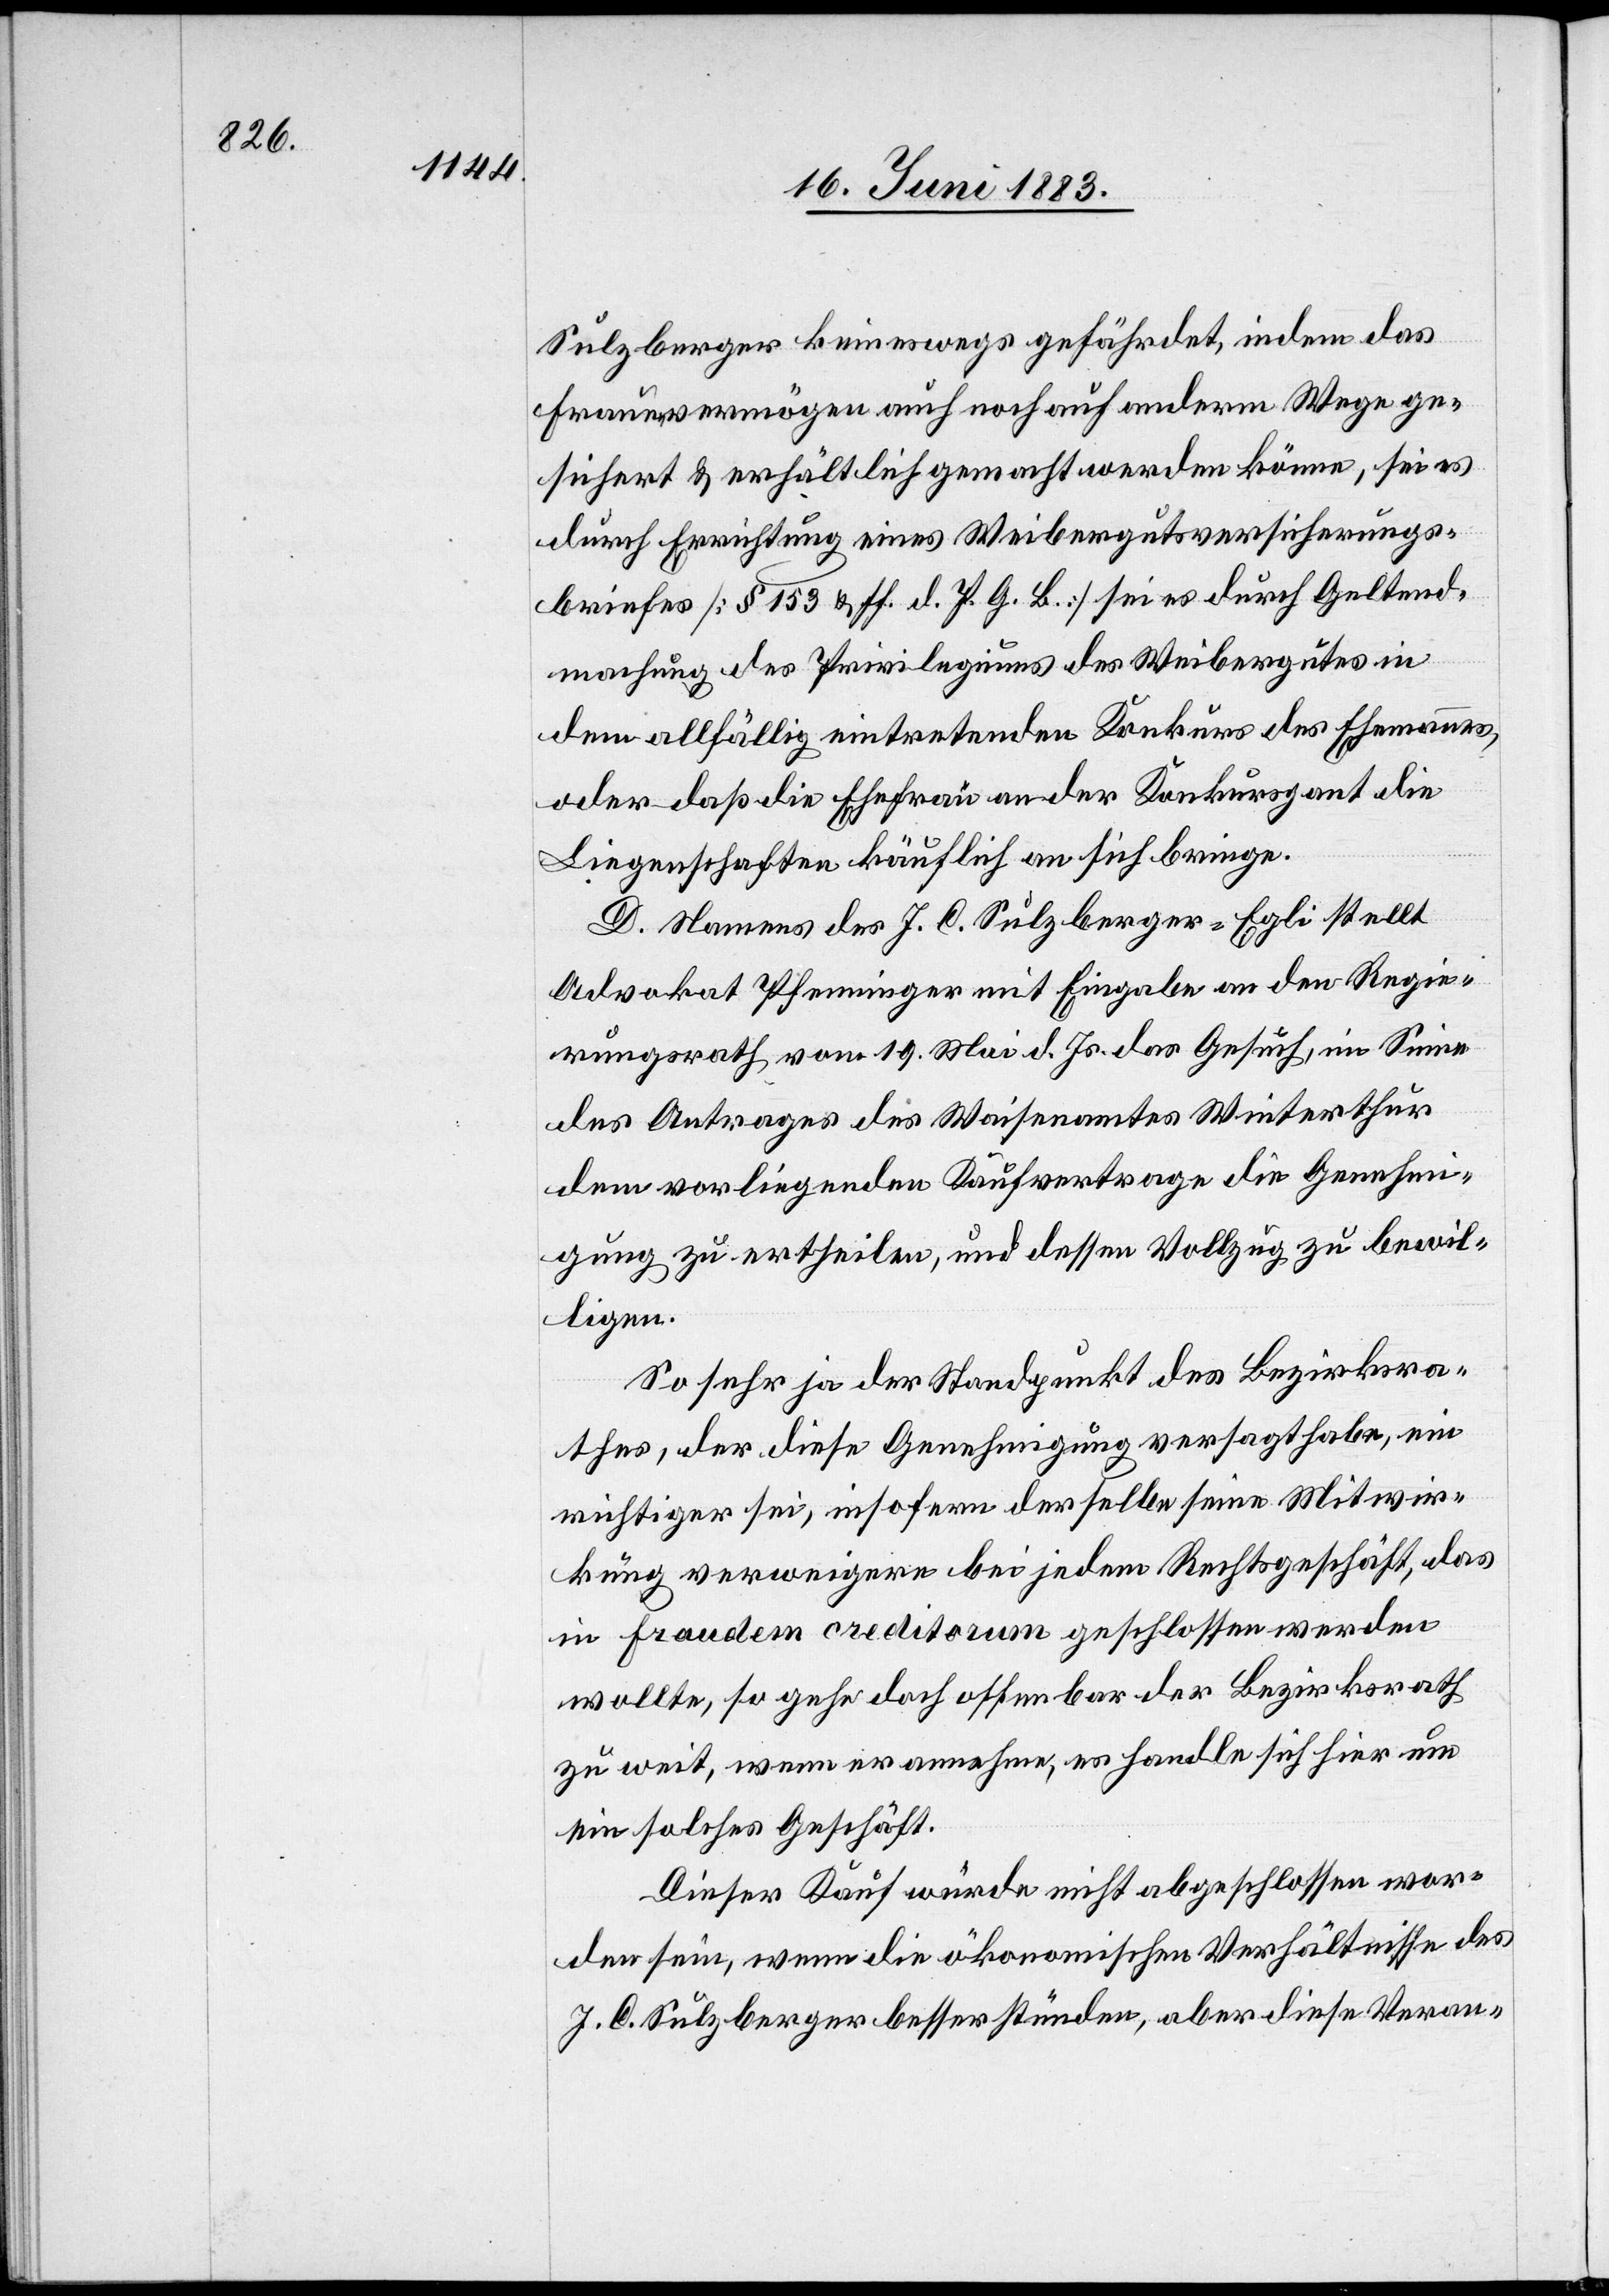
Sulzberger keineswegs gefährdet, indem das
Frauenvermögen auch noch auf anderm Wege ge¬
sichert & erhältlich gemacht werden könne, sei es
durch Errichtung eines Weibergutsversicherungs¬
briefes [§ 153 & ff. d. P. G. B.] sei es durch Geltend¬
machung des Privilegiums des Weibergutes in
dem allfällig eintretenden Konkurs des Ehemanns,
oder daß die Ehefrau an der Konkursgant die
Liegenschaften käuflich an sich bringe.
D. Namens des J. C. Sulzberger-Egli stellt
Advokat Pfenninger mit Eingabe an den Regie¬
rungsrath vom 19. Mai d. Js. das Gesuch, im Sinne
des Antrages des Waisenamtes Winterthur
dem vorliegenden Kaufvertrage die Genehm¬
igung zu ertheilen, und dessen Vollzug zu bewil¬
ligen.
So sehr ja der Standpunkt des Bezirksra¬
thes, der diese Genehmigung versagt habe, ein
richtiger sei, insofern derselbe seine Mitwir¬
kung verweigere bei jedem Rechtsgeschäft, das
in fraudem creditorem geschlossen werden
wollte, so gehe doch offenbar der Bezirksrath
zu weit, wenn er annehme, es handle sich hier um
ein solches Geschäft.
Dieser Kauf würde nicht abgeschlossen wor¬
den sein, wenn die ökonomischen Verhältnisse des
J. C. Sulzberger besser stünden, aber diese Veran-